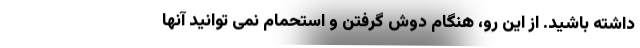
داشته باشید. از این رو، هنگام دوش گرفتن و استحمام نمی توانید آنها